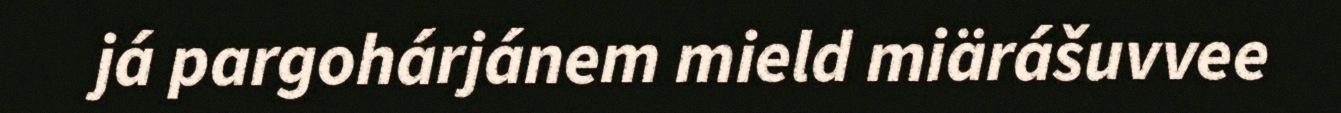
já pargohárjánem mield miärášuvvee